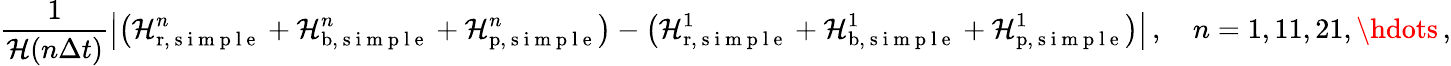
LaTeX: \frac{1}{\mathcal H(n\Delta t)}\left|\left(\mathcal H_{\mathrm{r},\mathrm{~s~i~m~p~l~e~}}^{n}+\mathcal H_{\mathrm{b},\mathrm{~s~i~m~p~l~e~}}^{n}+\mathcal H_{\mathrm{p},\mathrm{~s~i~m~p~l~e~}}^{n}\right)-\left(\mathcal H_{\mathrm{r},\mathrm{~s~i~m~p~l~e~}}^{1}+\mathcal H_{\mathrm{b},\mathrm{~s~i~m~p~l~e~}}^{1}+\mathcal H_{\mathrm{p},\mathrm{~s~i~m~p~l~e~}}^{1}\right)\right|\, ,\quad n=1,11,21,\hdots\, ,